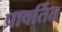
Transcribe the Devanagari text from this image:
प्रावर्तित